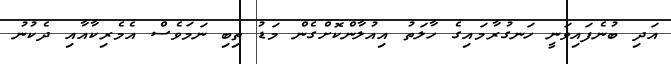
އަދި ބުނެފައިވަނީ ހަނގުރާމައިގެ ހާލަތު އިއުލާންކޮށްގެން މަޑު ތިބި ނަމަވެސް އެމެރިކާއާއި ދެކުނު